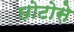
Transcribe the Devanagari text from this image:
छोटोसे